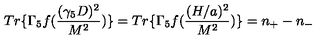
T r \{ \Gamma _ { 5 } f ( \frac { ( \gamma _ { 5 } D ) ^ { 2 } } { M ^ { 2 } } ) \} = T r \{ \Gamma _ { 5 } f ( \frac { ( H / a ) ^ { 2 } } { M ^ { 2 } } ) \} = n _ { + } - n _ { - }